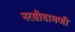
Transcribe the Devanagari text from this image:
नरसीबामणी